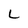
Character: L